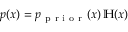
p ( x ) = p _ { \mathrm { ~ p ~ r ~ i ~ o ~ r ~ } } ( x ) \, \mathbb H ( x )